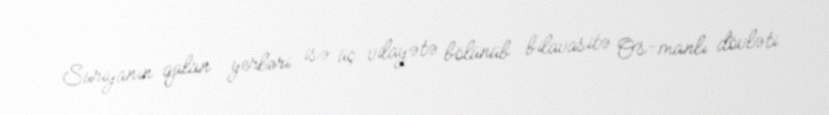
Suriyanın qalan yerləri isə üç vilayətə bölünüb bilavasitə Os-manlı dövləti